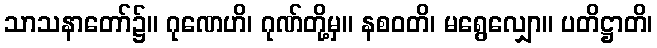
သာသနာတော်၌။ ဂုဏေဟိ၊ ဂုဏ်တို့မှ။ နစဝတိ၊ မရွေလျှော။ ပတိဋ္ဌာတိ၊